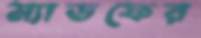
ম্যাডফের